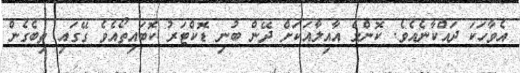
އެވާހަކަ ދައްކާނެއެވެ. ކޮންމެ އާއިލާއަކަށް ދޭން ބުނި ޑޮކްޓަރު ކޮބައިތޯއެވެ ގޭގައި ތިބެގެން